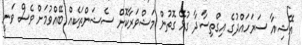
އޭޝިއާ ސަރަހައްދުގެ އިގްތިސާދާ ގުޅޭ ގޮތުން މަޝްވަރާކޮށް ސެޝަންތަކެއް ބޭއްވުމަށް ވެސް ވަނީ